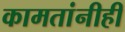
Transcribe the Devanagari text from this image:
कामतांनीही